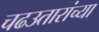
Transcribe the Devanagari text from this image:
चढउतारांच्या